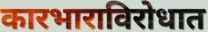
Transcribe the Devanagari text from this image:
कारभाराविरोधात